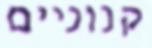
קנוניים